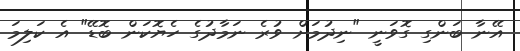
އޭނާ ބަންގި ގޮވަނީ "ނިދުމަށް ވުރެ ނަމާދުގެ ހެޔޮކަން ބޮޑޭ" އެ ކަލިމަ